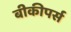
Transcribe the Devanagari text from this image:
बीकीपर्स